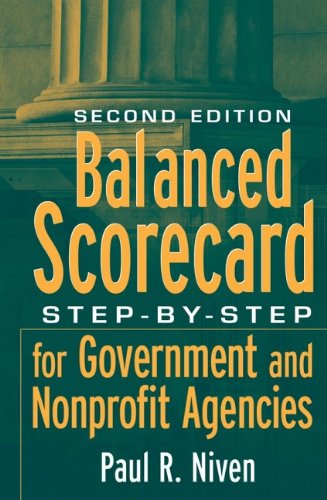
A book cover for Balanced Scorecard: Step-by-Step for Government and Nonprofit Agencies; Paul R. Niven; Business & Money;